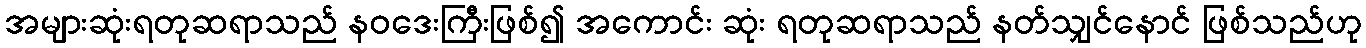
အများဆုံးရတုဆရာသည် နဝဒေးကြီးဖြစ်၍ အကောင်း ဆုံး ရတုဆရာသည် နတ်သျှင်နောင် ဖြစ်သည်ဟု